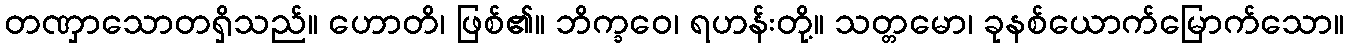
တဏှာသောတရှိသည်။ ဟောတိ၊ ဖြစ်၏။ ဘိက္ခဝေ၊ ရဟန်းတို့။ သတ္တမော၊ ခုနစ်ယောက်မြောက်သော။